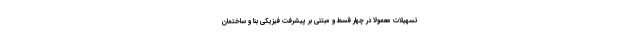
تسهیلات معمولا در چهار قسط و مبتنی بر پیشرفت فیزیکی بنا و ساختمان